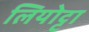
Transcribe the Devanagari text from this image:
लियोट्टा